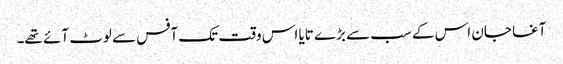
آغا جان اس کے سب سے بڑے تایا اس وقت تک آفس سے لوٹ آئے تھے۔